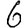
Digit: 6